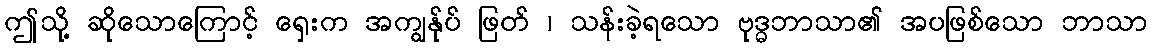
ဤသို့ ဆိုသောကြောင့် ရှေးက အကျွန်ုပ် ဖြတ် ၊ သန်းခဲ့ရသော ဗုဒ္ဓဘာသာ၏ အပဖြစ်သော ဘာသာ